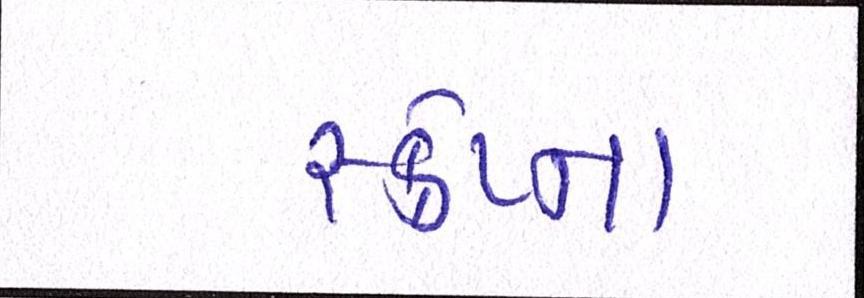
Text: સ્ક્રેપ્ના